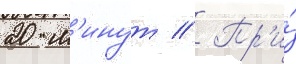
20 м'инут // Пр'и́